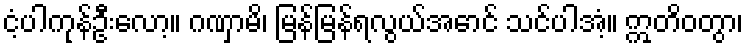
ငံ့ပါကုန်ဦးလော့။ ဂဏှာမိ၊ မြန်မြန်ရလွယ်အောင် သင်ပါအံ့။ ဣတိဝတွာ၊